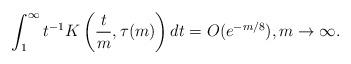
LaTeX: \begin{align*}\int_1^\infty t^{-1} K\left(\frac{t}{m}, \tau(m)\right) dt = O(e^{-m /8}), m \to \infty.\end{align*}